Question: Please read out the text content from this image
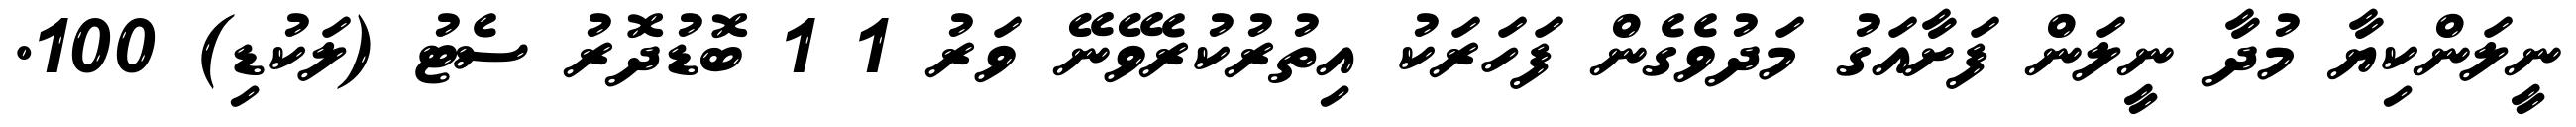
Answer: ނީލަންކިޔާ މުދާ ނީލަން ފަށާއަގު މަދުވެގެން ފަހަރަކު އިތުރުކުރެވޭނޭ ވަރު 1 1 ބޮޑުދޮރު ސެޓު (ލަކުޑި) 100.